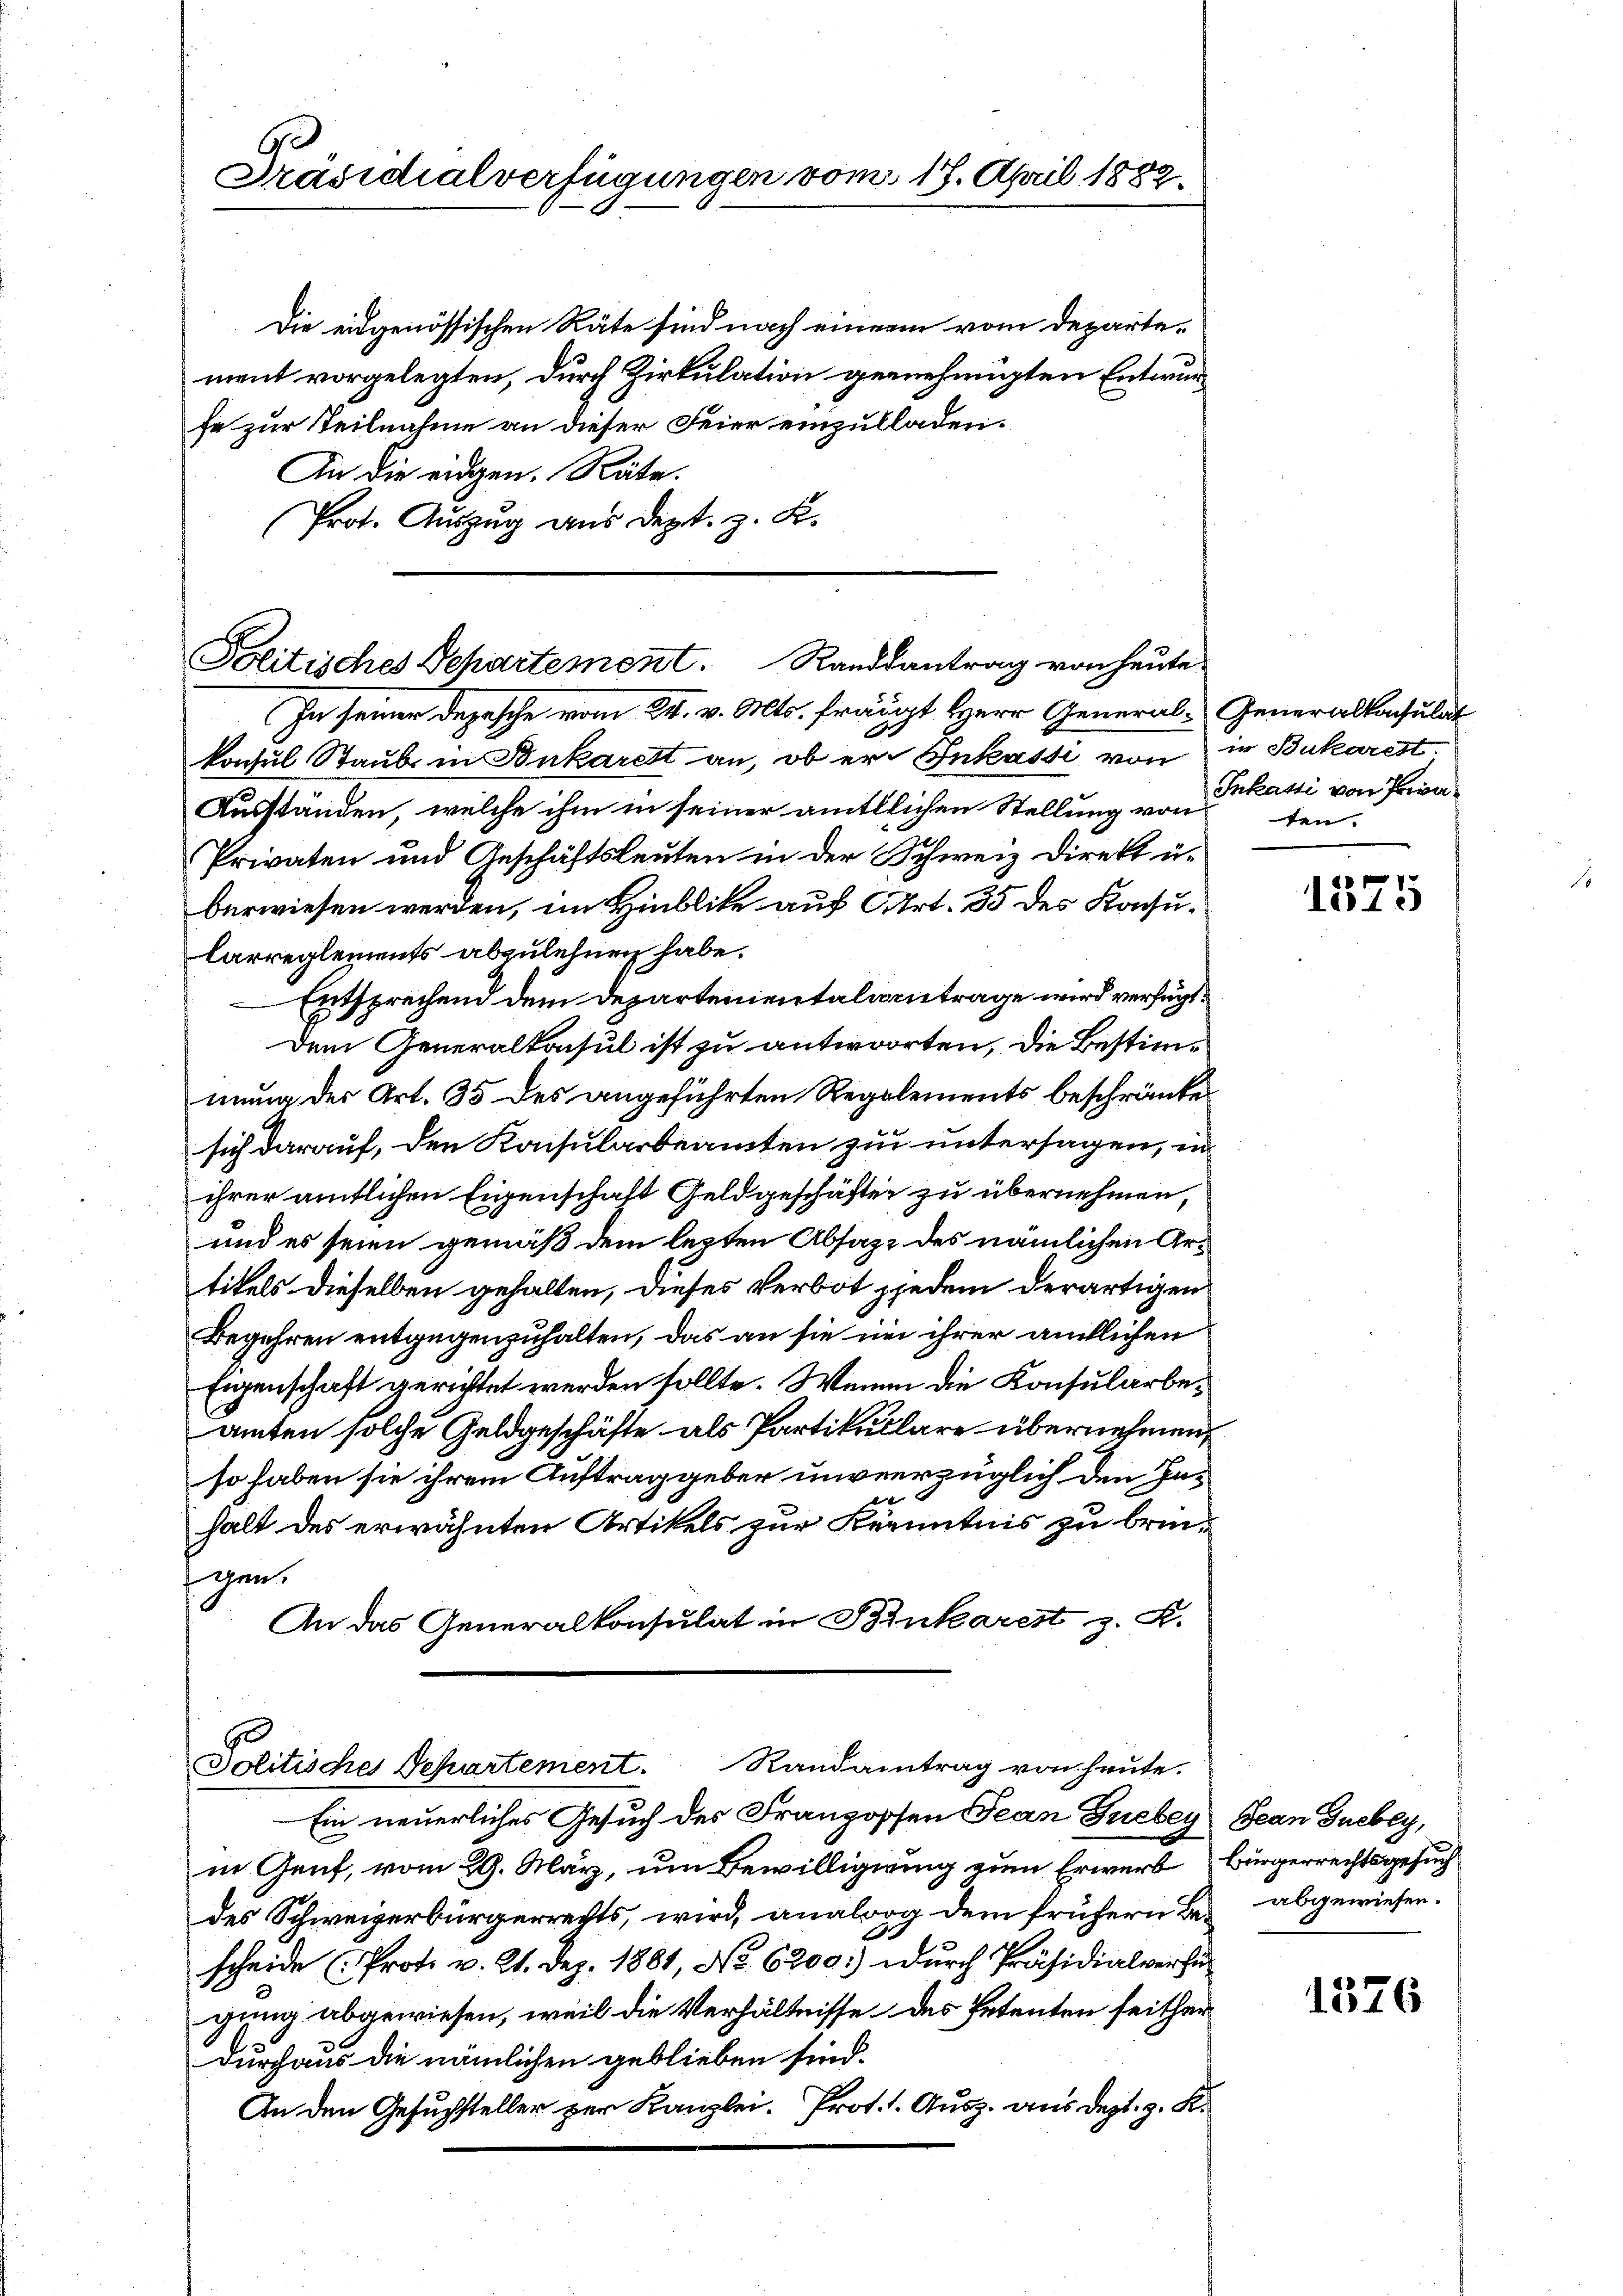
Präsidialverfügungen vom 17. April 1882.

Die eidgenössischen Räte sind nach einen vom Departe-
ment vorgelegten, durch Zirkulation gernehmigten Entwurfe zur Teilnahme an dieser Feier einzulladen.
An die eidgen. Räte.
Prot. Auszug aus Dept. z. B.

Politisches Separtement. Randsantrag von heute.
In seiner Depesche vom 24. v. Mts. frängt Herr General-Generalkonsulat

konsul Staub in Ankarett an, ob er Inkasse von in Bukarest.
Ausständen, welche ihm in seiner amtllichen Stellung von
Privaten und Geschäftsleuten in der Schweiz direkt u.
berwiesen werden, im Hinblike auf Art. 35 des Konsu¬
Carreglements abzulehnen habe.
Entsprechend dem Departenientaliantrage wird verfügt:
Dem Generalkonsul ist zu antworten, die Bestimmung der Art. 35 des angeführten Regolements beschränkesich darauf, den Konsularbeamten zu untersagen, in
ihrer amtlichen Eigenschaft Geldgeschäften zu übernehmen,
und es seien gemäß dem lezten Absatz des nämlichen Artikels dieselben gehalten, dieses Verbot jjedem derartigen
Begehren entgegenzuhalten, das an sie in ihrer amtlichen
Eigenschaft gerichtet werden sollte. Wenn die Konsularbeamten solche Geldgeschäfte als Partikullare übernehmen,
so haben sie ihrem Auftrag geber unverzüglich den In¬
 |
halt des erwähnten Artikels zur Kenntnis zu bringen.
An das Generalkonsulat in Sinkarest z. B.

Politische Departement. Randantrag von heute.
Ein neuerliches Gesuch des Franzossen Jean Guebey Gean Guebly,

Inkasti von Priva
ten.

in Genf, vom 29. März, um Bewilligung zum Erwerb Bürgerrechtsgesuch
des Schweizerbürgerrechts, wird, analora dem frühern Be¬
9
F
scheide (Prot. v. 21. Dez. 1881, No 6200:) Durch Präsidialverhügung abgewiesen, weil die Verhältnisse des Petenten seither
durchaus die nämlichen geblieben sind.
An den Gesuchsteller zur Kanzlei. Prot. 1. Ausz. aus dept. z. K.

1575

abgewiesen.

1576